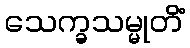
သေက္ခသမ္မုတိံ